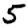
Digit: 5